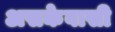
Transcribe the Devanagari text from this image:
असकेवासी